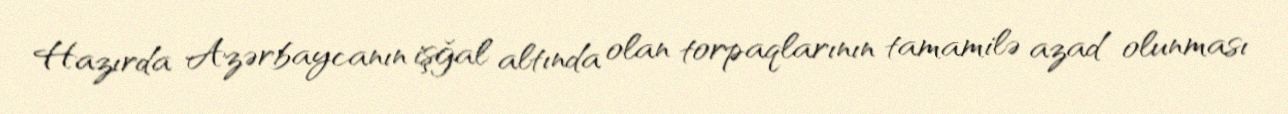
Hazırda Azərbaycanın işğal altında olan torpaqlarının tamamilə azad olunması